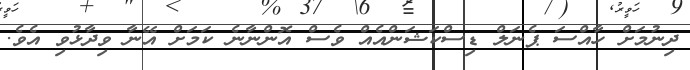
ދިނުމަށް ހާއްސަ ޕެނަލް ޑިސްކަޝަންއެއް ވެސް އޮންނާނެ ކަމަށް އޭނާ ވިދާޅުވި އެވެ.